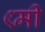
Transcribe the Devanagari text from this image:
९मी